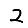
Digit: 2